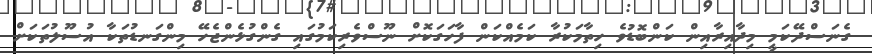
ގެނަސްދޭކަމީ މިދާއިރާއިން ކަންބޮޑުވެ ހިތާމަކުރާ ކަމެއްކަން ފާހަގަކޮށް ނޫސްވެރިކަމުގައި ގެންގުޅެންޖެހޭ މިންގަނޑުތަކާ އުސޫލުތަކަށް